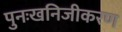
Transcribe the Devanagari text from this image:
पुनःखनिजीकरण